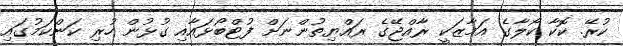
ކުރޭ. ކޮކާ ކޯލާގެ އަމާޒަކީ ރާއްޖޭގެ ރައްޔިތުންނަށް ފުޓްބޯޅައާއި ގުޅުން ހުރި ކަންކަމުގައި